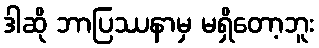
ဒါဆို ဘာပြဿနာမှ မရှိတော့ဘူး